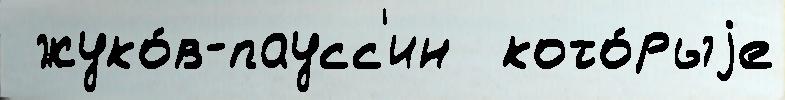
 жуко́в-паусс'ин  кото́рыjе